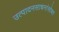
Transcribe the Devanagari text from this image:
उत्पादनसाधनांसोबत